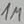
Text: 1M